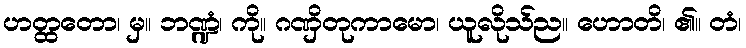
ဟတ္ထတော၊ မှ။ ဘဏ္ဍံ၊ ကို။ ဂဏှိတုကာမော၊ ယူလိုသ်ည။ ဟောတိ၊ ၏။ တံ၊